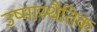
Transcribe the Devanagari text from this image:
उष्मास्थैतिक